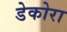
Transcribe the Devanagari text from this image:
डेकोरा